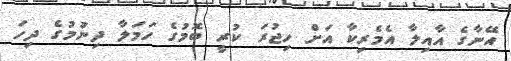
އޭނާގެ އާއިލާ އެމެރިކާ އަށް ހިޖުރަ ކުރީ ބޮމުގެ ހަމަލާ ދިނުމުގެ ދިހަ